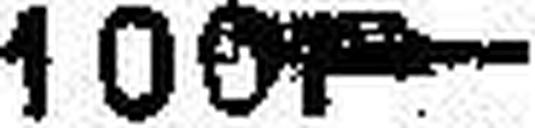
100.—